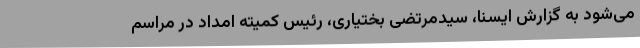
می‌شود به گزارش ایسنا، سیدمرتضی بختیاری، رئیس کمیته امداد در مراسم